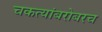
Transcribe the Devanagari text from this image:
चकत्यांबरोबरच